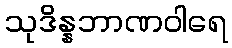
သုဒိန္နဘာဏဝါရေ